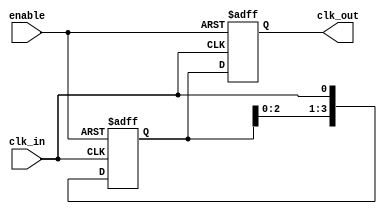
module clock_tree_buffer #(
    parameter NUM_OUTPUTS = 4  // Number of output clock signals
)(
    input wire clk_in,          // Input clock signal
    input wire enable,          // Enable signal for the clock tree buffer
    output reg [NUM_OUTPUTS-1:0] clk_out // Output clock signals
);

    // Internal signals for buffered clocks
    reg [NUM_OUTPUTS-1:0] buffered_clocks;

    // Buffering mechanism
    always @(posedge clk_in or negedge enable) begin
        if (!enable) begin
            // When disabled, set all outputs to low
            buffered_clocks <= {NUM_OUTPUTS{1'b0}};
        end else begin
            // Buffer the input clock to the output clocks
            buffered_clocks <= {buffered_clocks[NUM_OUTPUTS-2:0], clk_in}; // Shift in the input clock
        end
    end

    // Assign buffered clocks to output
    always @(posedge clk_in or negedge enable) begin
        if (!enable) begin
            clk_out <= {NUM_OUTPUTS{1'b0}}; // Disable outputs
        end else begin
            clk_out <= buffered_clocks; // Output the buffered clocks
        end
    end

endmodule